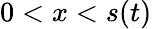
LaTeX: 0<x<s(t)